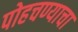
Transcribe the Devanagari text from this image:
पोहचण्याचा